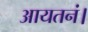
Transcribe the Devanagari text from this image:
आयतनं।